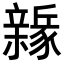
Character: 𨐻